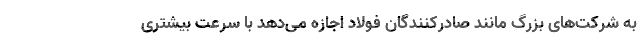
به شرکت‌های بزرگ مانند صادرکنندگان فولاد اجازه می‌دهد با سرعت بیشتری